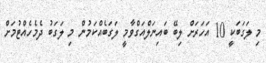
މި ލަގަބަކީ 10 އަހަރަށް ލިބޭ ބައިނަލްއަގްވާމީ ލަގަބެއްކަމުން މި ލަގަބު ދެމެހެއްޓުމަށް